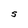
Character: S